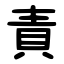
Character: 責